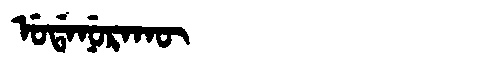
Manchu: ᡠᡩᠠᠨᡠᡵᠠᡴᡡ
Romanization: UDANURAKŪ